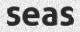
seas